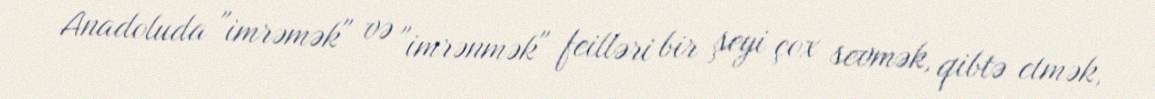
Anadoluda "imrəmək" və "imrənmək" feilləri bir şeyi çox sevmək, qibtə etmək,